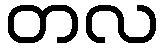
တလ